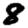
Digit: 8